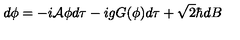
d \phi = - i { \cal A } \phi d \tau - i g G ( \phi ) d \tau + \sqrt { 2 } \hbar d B